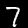
Label: 7